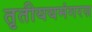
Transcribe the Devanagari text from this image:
तृतीययमंगरस